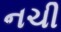
નચી